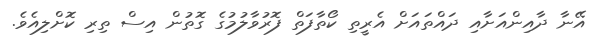
އޭނާ ދާއިންއަށާއި ދައްތައަށް އެރީތި ކޯތާފަތް ފޮރުވާލުމުގެ ގޮތުން އިސް ތިރި ކޮށްލިއެވެ.